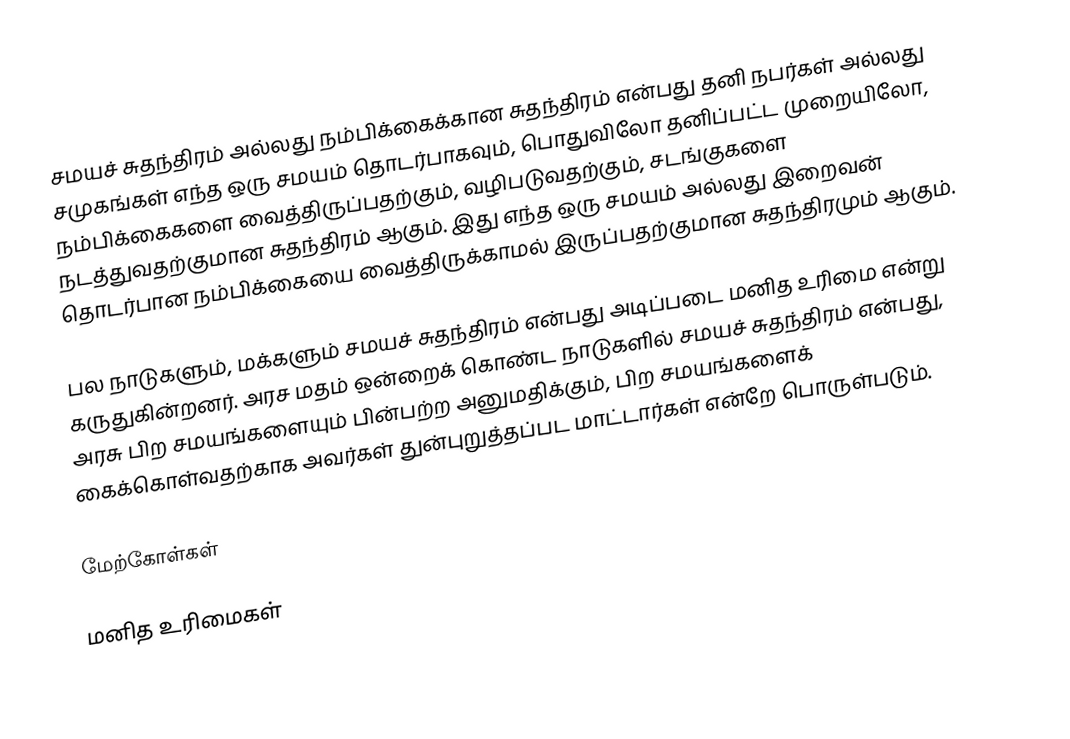
சமயச் சுதந்திரம் அல்லது நம்பிக்கைக்கான சுதந்திரம் என்பது தனி நபர்கள் அல்லது சமுகங்கள் எந்த ஒரு சமயம் தொடர்பாகவும், பொதுவிலோ தனிப்பட்ட முறையிலோ,  நம்பிக்கைகளை வைத்திருப்பதற்கும், வழிபடுவதற்கும், சடங்குகளை நடத்துவதற்குமான சுதந்திரம் ஆகும். இது எந்த ஒரு சமயம் அல்லது இறைவன் தொடர்பான நம்பிக்கையை வைத்திருக்காமல் இருப்பதற்குமான சுதந்திரமும் ஆகும்.

பல நாடுகளும், மக்களும் சமயச் சுதந்திரம் என்பது அடிப்படை மனித உரிமை என்று கருதுகின்றனர்.  அரச மதம் ஒன்றைக் கொண்ட நாடுகளில் சமயச் சுதந்திரம் என்பது, அரசு பிற சமயங்களையும் பின்பற்ற அனுமதிக்கும், பிற சமயங்களைக் கைக்கொள்வதற்காக அவர்கள் துன்புறுத்தப்பட மாட்டார்கள் என்றே பொருள்படும்.

மேற்கோள்கள்

மனித உரிமைகள்